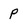
Character: P